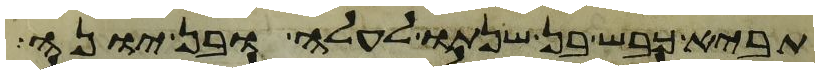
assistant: תביא כבש בן שנתו לעלה או בן יונה